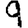
Digit: 9